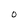
Character: O